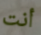
أنت